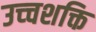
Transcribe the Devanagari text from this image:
उच्‍चशक्ति